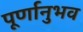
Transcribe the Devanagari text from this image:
पूर्णानुभव